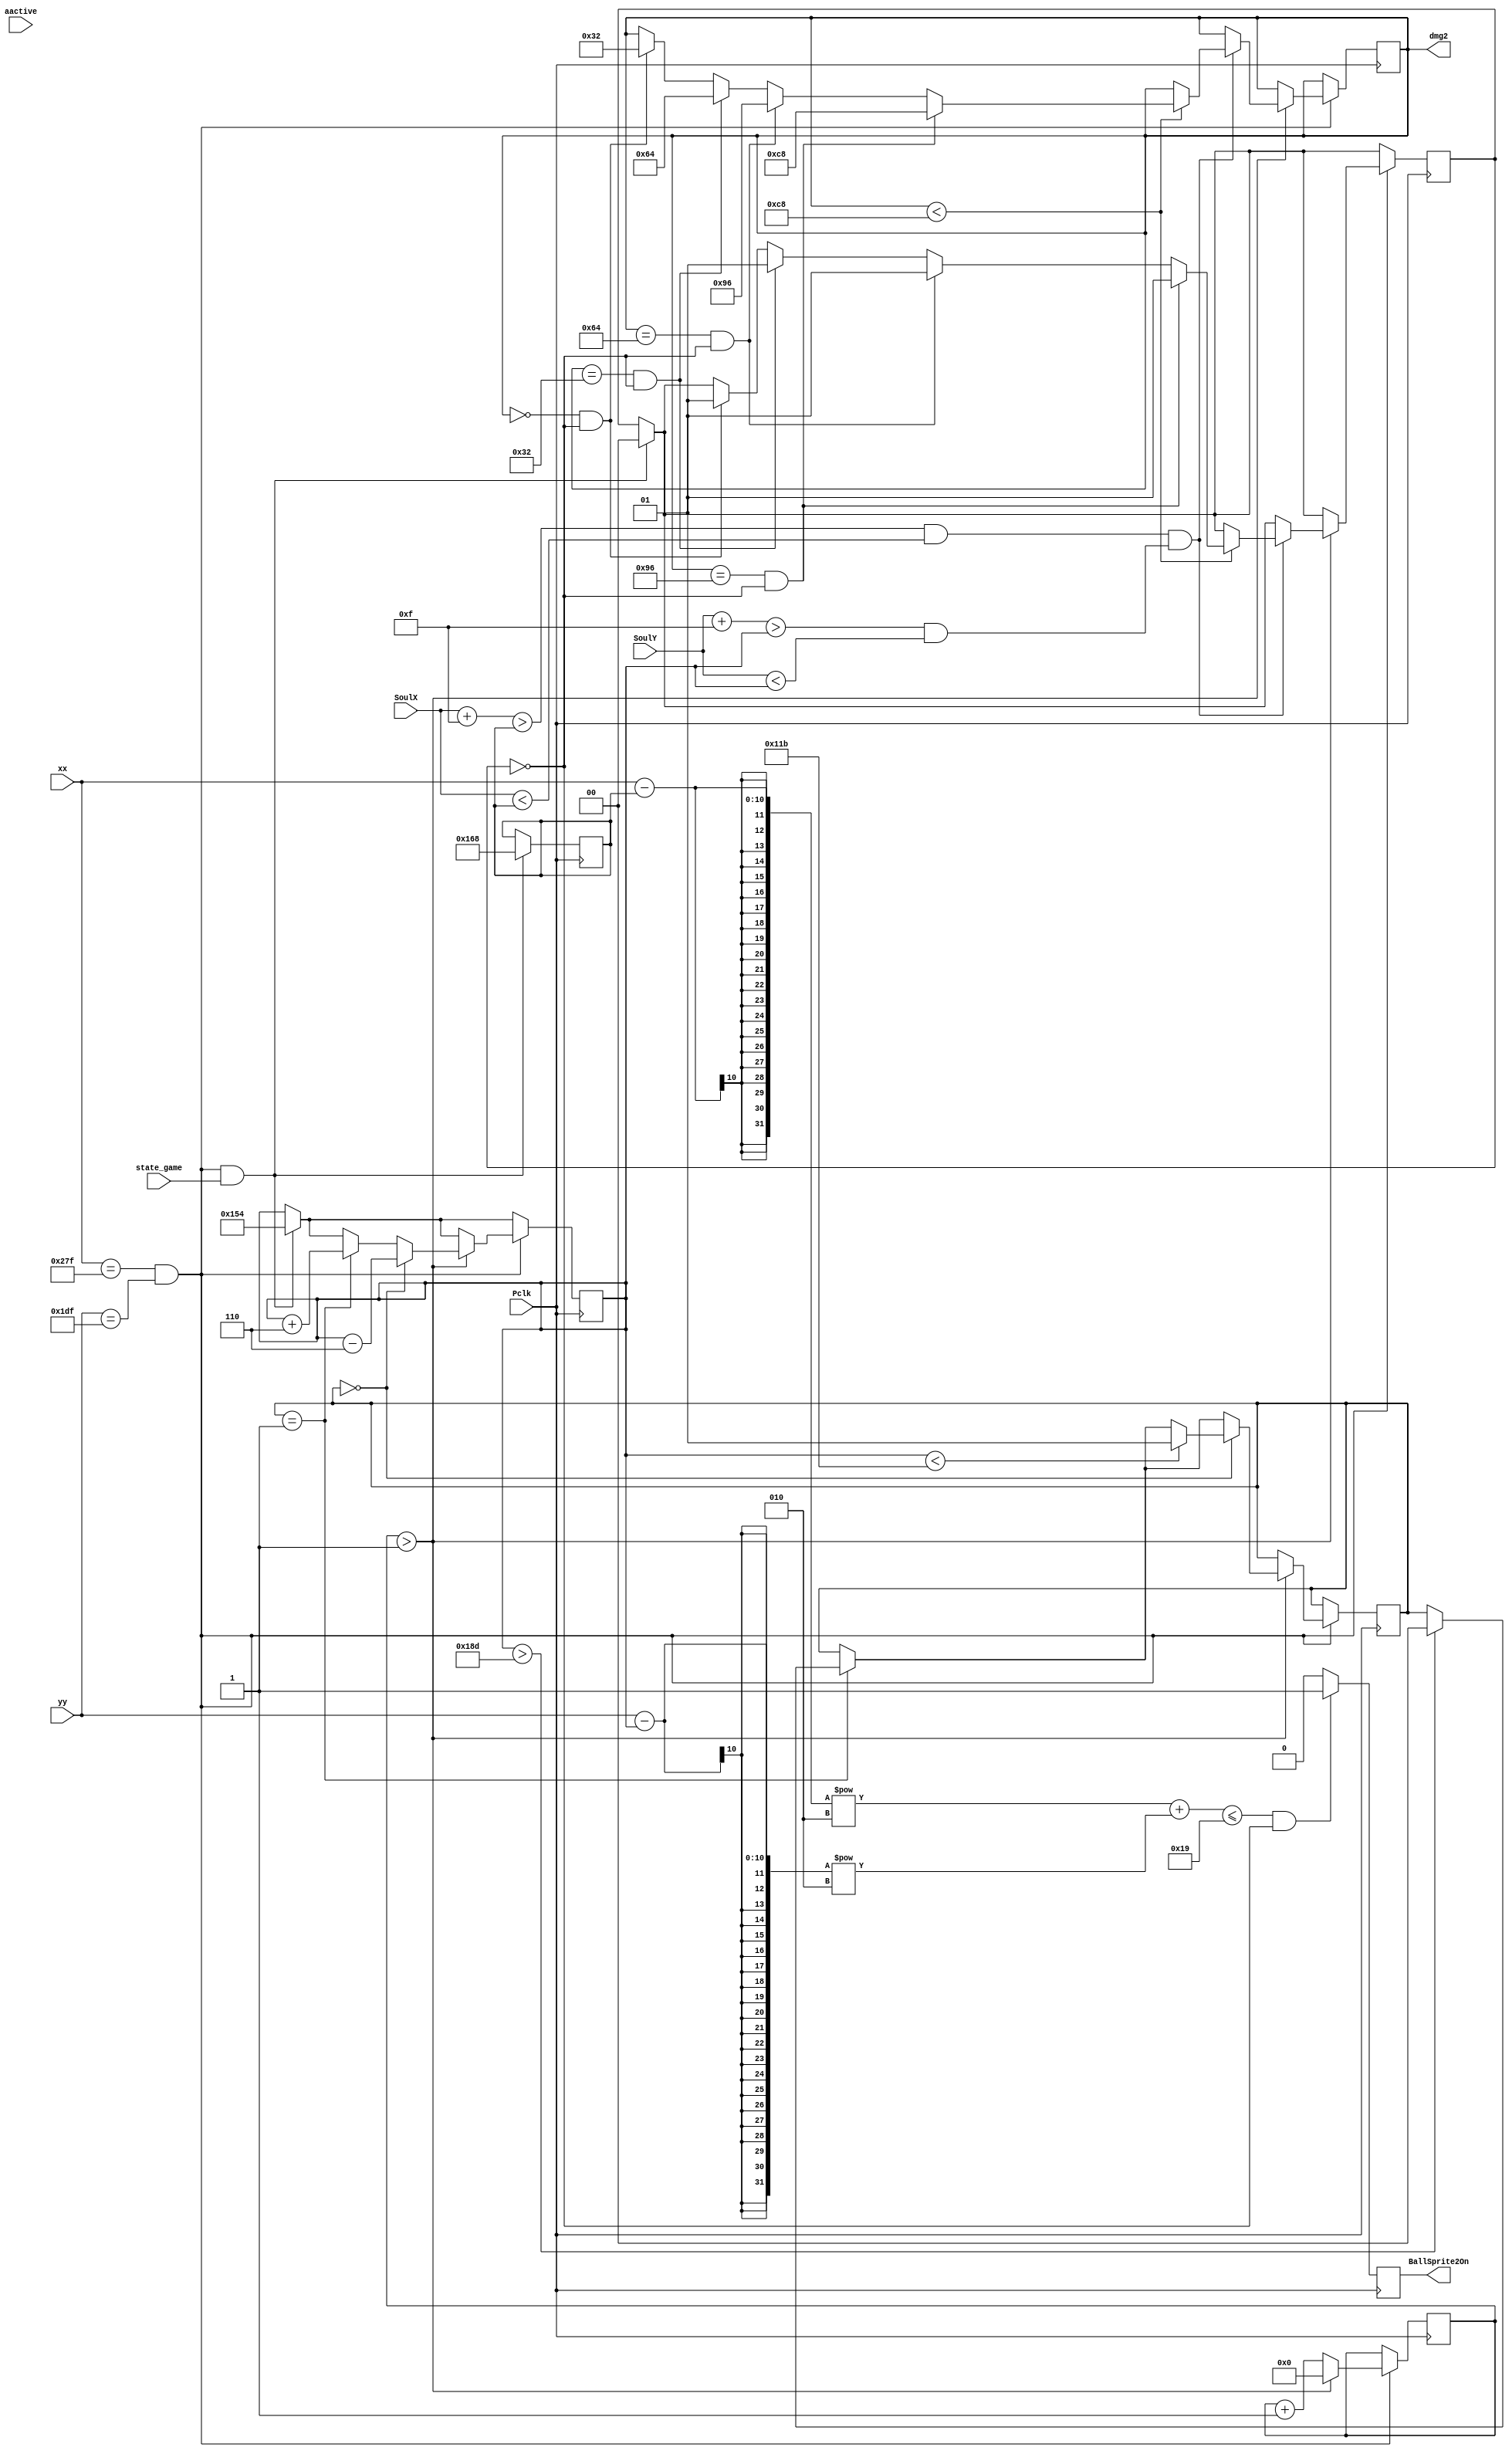
module BallSprite2(
    input wire [9:0] xx, // current x position
    input wire [9:0] yy, // current y position
    input wire aactive, // high during active pixel drawing
    output reg BallSprite2On, // 1=on, 0=off
    input wire Pclk, // 25MHz pixel clock
    input wire [9:0] SoulX,
    input wire [9:0] SoulY,
    output reg [9:0] dmg2 = 0,
    input wire state_game
    );
    
    reg [9:0] hit=0;          // counter to slow ball movement
    reg [9:0] B1X = 360;            // X start position
    reg [9:0] B1Y = 340;             // Y start position
    reg [1:0] Bdir = 1;             // direction of ball: 0=right, 1=left
    reg [1:0] del = 0;

    
    always @(posedge Pclk)
        begin
            if (((xx-B1X)**2 + (yy-B1Y)**2) <= 25 && del == 0)
                begin
                BallSprite2On <= 1;
                end
            else
                begin
                BallSprite2On <= 0;
                end
        end
    
        
    always @ (posedge Pclk)
        begin
        if (xx==639 && yy==479 && state_game==1)
            begin // check for left or right button pressed
                B1X<=360;
                B1Y<=340;
                del<=0;
            end
        // slow down the ball movement / move ball left or right
        if (xx==639 && yy==479)
            begin
                hit<=hit+1;
                if (hit>1)
                    begin
                        hit<=0;
                        if (Bdir==1)
                            begin
                                B1Y<=B1Y+6;
                                if (B1Y>397)
                                    Bdir<=0;
                            end
                        if (Bdir==0)
                            begin
                                B1Y<=B1Y-6;
                                if (B1Y<283)
                                    Bdir<=1;
                            end
                        if ((SoulX+15 > B1X && SoulX < B1X) && (SoulY+15 > B1Y && SoulY < B1Y))
                            begin
                                if (dmg2 < 200)
                                begin
                                    if (dmg2 ==0 && del==0)
                                    begin
                                        del <= 1;
                                        dmg2<=50;
                                    end
                                    if (dmg2 ==50 && del==0)
                                    begin
                                        del <= 1;
                                        dmg2<=100;
                                    end
                                    if (dmg2 ==100 && del==0)
                                    begin
                                        del <= 1;
                                        dmg2<=150;
                                    end
                                    if (dmg2 ==150 && del==0)
                                    begin
                                        del <= 1;
                                        dmg2<=200;
                                    end
                                end
                            end
                    end
            end
      end
      
endmodule